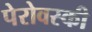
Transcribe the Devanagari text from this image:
पेरोवस्की